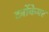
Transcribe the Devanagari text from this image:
टर्बोकेयर